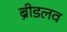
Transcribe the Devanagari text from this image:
ब्रीडलव